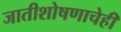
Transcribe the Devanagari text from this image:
जातीशोषणाचेही